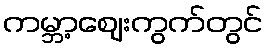
ကမ္ဘာ့ဈေးကွက်တွင်